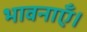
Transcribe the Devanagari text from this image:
भावनाएँ।